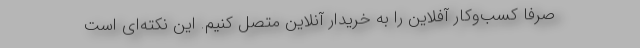
صرفا کسب‌وکار آفلاین را به خریدار آنلاین متصل کنیم. این نکته‌ای است